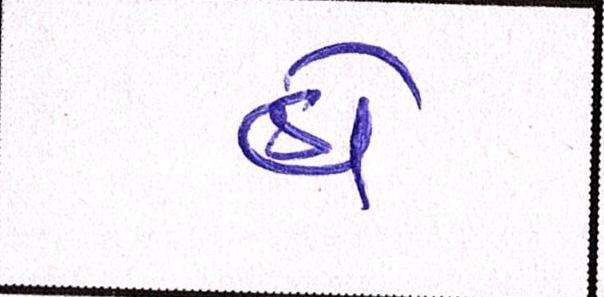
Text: હોં